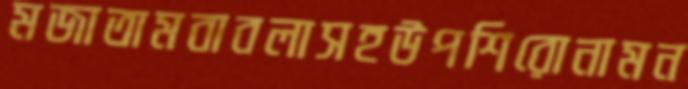
মজাতামবাবলাসহউপশিরোনামন